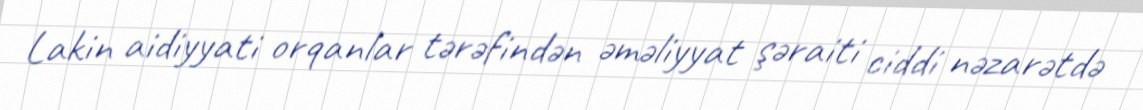
Lakin aidiyyati orqanlar tərəfindən əməliyyat şəraiti ciddi nəzarətdə